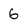
Character: 6